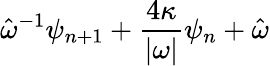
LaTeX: \hat{\omega}^{-1}\psi_{n+1}+\frac{4\kappa}{|\omega|}\psi_{n}+\hat{\omega}